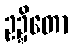
ဥဍ္ဍိတော